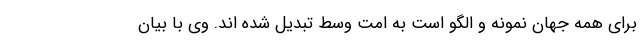
برای همه جهان نمونه و الگو است به امت وسط تبدیل شده اند. وی با بیان